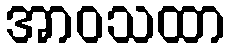
အာဝသထာ